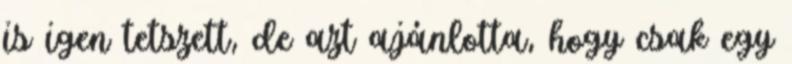
is igen tetszett, de azt ajánlotta, hogy csak egy